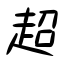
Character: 超